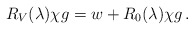
\begin{align*}R_V(\lambda) \chi g=w+R_0(\lambda) \chi g\,.\end{align*}